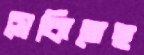
সেকিতেছ